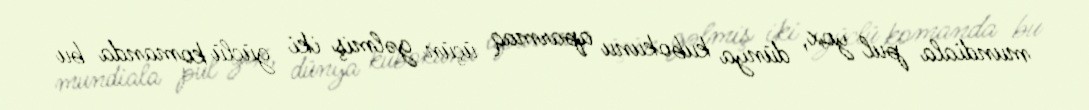
mundiala pul yox, dünya kubokunu aparmaq üçün gəlmiş iki güclü komanda bu